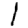
Digit: 1